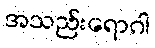
အသည်းရောဂါ